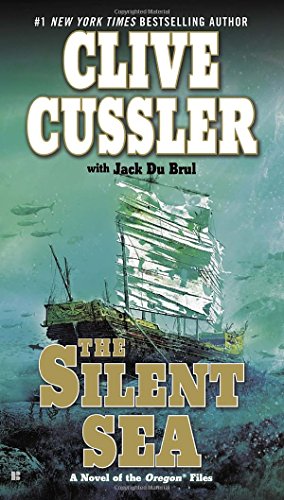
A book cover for The Silent Sea (The Oregon Files); Clive Cussler; Literature & Fiction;